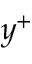
y ^ { + }